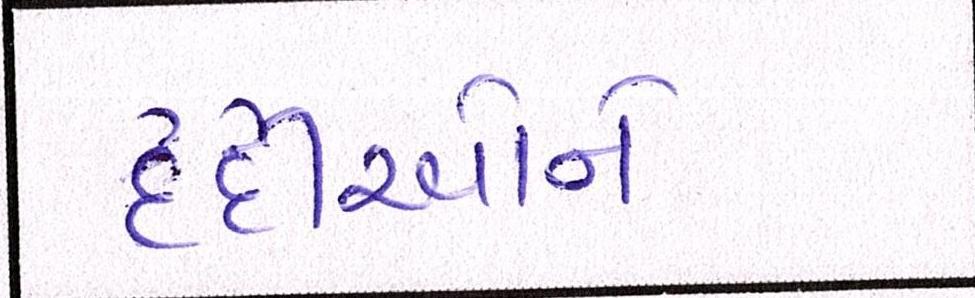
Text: દર્દીઓને